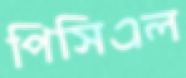
পিসিএল